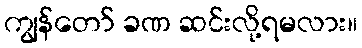
ကျွန်တော် ခဏ ဆင်းလို့ရမလား။